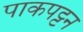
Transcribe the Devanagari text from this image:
पाकपट्टन